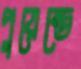
পুয়েন্তে